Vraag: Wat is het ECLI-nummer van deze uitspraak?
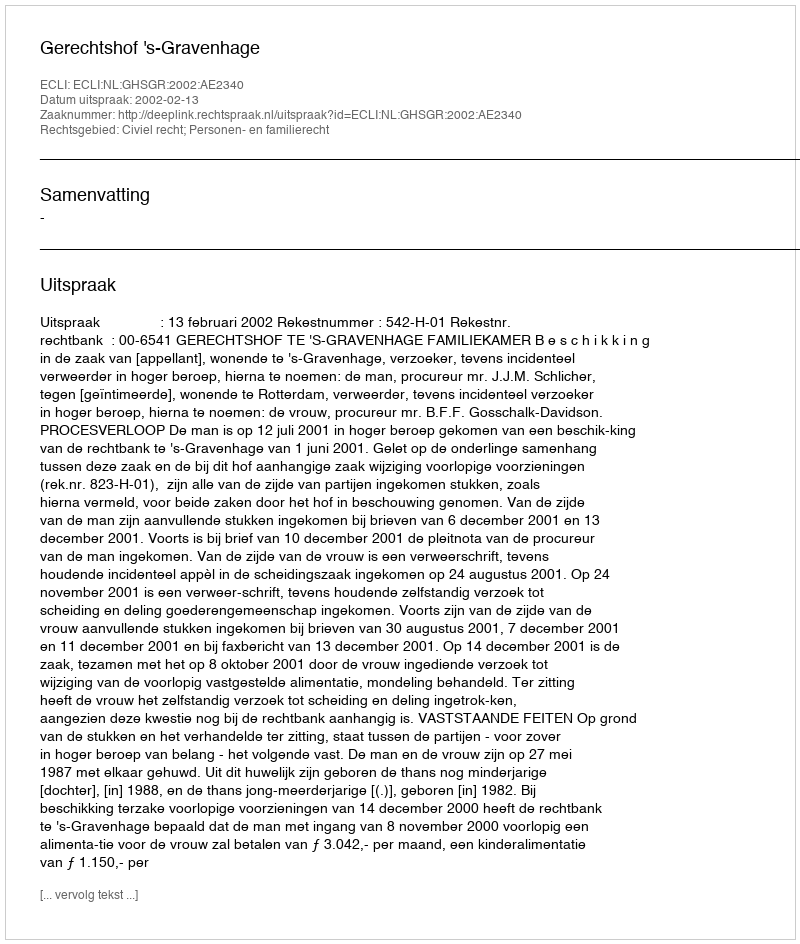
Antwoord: ECLI:NL:GHSGR:2002:AE2340